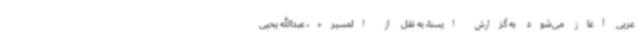
عربی آغاز می‌شود به گزارش ایسنا، به نقل از المسیره، عبدالله یحیی